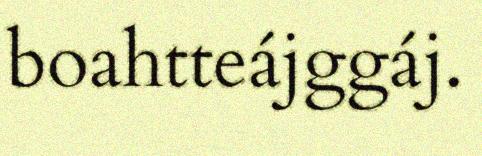
boahtteájggáj.